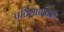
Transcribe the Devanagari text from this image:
प्रतिमाप्रतिष्ठा